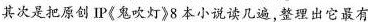
其次是把原创IP《鬼吹灯》8本小说读几遍,整理出它最有